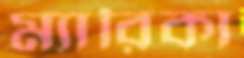
ম্যারিকা